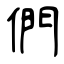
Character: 們